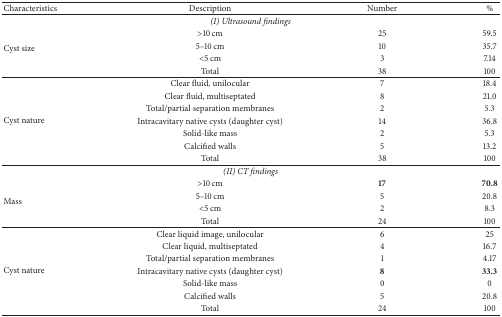
<table><thead><tr><td><b>Characteristics</b></td><td><b>Description</b></td><td><b>Number</b></td><td><b>%</b></td></tr></thead><tbody><tr><td colspan="4"><i>(I) Ultrasound findings</i></td></tr><tr><td rowspan="4">Cyst size</td><td>&gt;10 cm</td><td>25</td><td>59.5</td></tr><tr><td>5–10 cm</td><td>10</td><td>35.7</td></tr><tr><td>&lt;5 cm</td><td>3</td><td>7.14</td></tr><tr><td>Total</td><td>38</td><td>100</td></tr><tr><td rowspan="7">Cyst nature</td><td>Clear fluid, unilocular</td><td>7</td><td>18.4</td></tr><tr><td>Clear fluid, multiseptated</td><td>8</td><td>21.0</td></tr><tr><td>Total/partial separation membranes</td><td>2</td><td>5.3</td></tr><tr><td>Intracavitary native cysts (daughter cyst)</td><td>14</td><td>36.8</td></tr><tr><td>Solid-like mass</td><td>2</td><td>5.3</td></tr><tr><td>Calcified walls</td><td>5</td><td>13.2</td></tr><tr><td>Total</td><td>38</td><td>100</td></tr><tr><td colspan="4"><i>(II) CT findings</i></td></tr><tr><td rowspan="4">Mass</td><td>&gt;10 cm</td><td><b>17</b></td><td><b>70.8</b></td></tr><tr><td>5–10 cm</td><td>5</td><td>20.8</td></tr><tr><td>&lt;5 cm</td><td>2</td><td>8.3</td></tr><tr><td>Total</td><td>24</td><td>100</td></tr><tr><td rowspan="7">Cyst nature</td><td>Clear liquid image, unilocular</td><td>6</td><td>25</td></tr><tr><td>Clear liquid, multiseptated</td><td>4</td><td>16.7</td></tr><tr><td>Total/partial separation membranes</td><td>1</td><td>4.17</td></tr><tr><td>Intracavitary native cysts (daughter cyst)</td><td><b>8</b></td><td><b>33.3</b></td></tr><tr><td>Solid-like mass</td><td>0</td><td>0</td></tr><tr><td>Calcified walls</td><td>5</td><td>20.8</td></tr><tr><td>Total</td><td>24</td><td>100</td></tr></tbody></table>